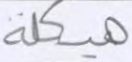
هيكلة